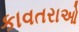
કાવતરાઓ